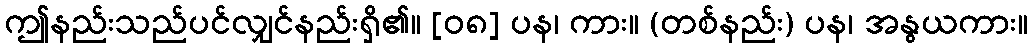
ဤနည်းသည်ပင်လျှင်နည်းရှိ၏။ [၀၈] ပန၊ ကား။ (တစ်နည်း) ပန၊ အနွယကား။